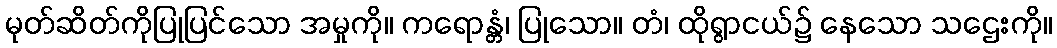
မုတ်ဆိတ်ကိုပြုပြင်သော အမှုကို။ ကရောန္တံ၊ ပြုသော။ တံ၊ ထိုရွာငယ်၌ နေသော သဌေးကို။